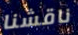
ناقشنا